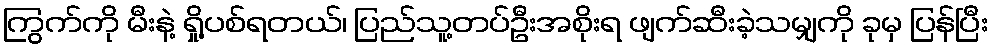
ကြွက်ကို မီးနဲ့ ရှို့ပစ်ရတယ်၊ ပြည်သူ့တပ်ဦးအစိုးရ ဖျက်ဆီးခဲ့သမျှကို ခုမှ ပြန်ပြီး